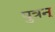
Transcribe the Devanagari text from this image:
पुत्रन्